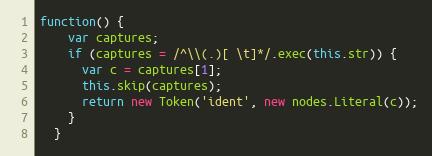
Language: JavaScript
function() {
    var captures;
    if (captures = /^\\(.)[ \t]*/.exec(this.str)) {
      var c = captures[1];
      this.skip(captures);
      return new Token('ident', new nodes.Literal(c));
    }
  }